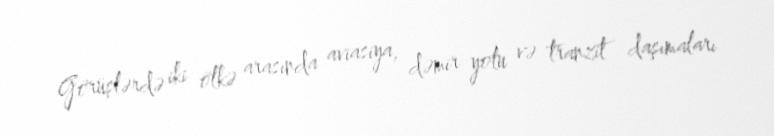
Görüşlərdə iki ölkə arasında aviasiya, dəmir yolu və tranzit daşımaları